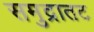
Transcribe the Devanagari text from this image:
समुद्रातट